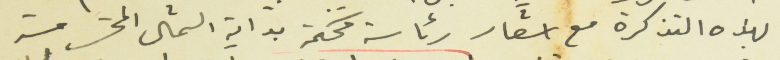
بهذه التذكرة مع اشعار رئاسة محكمة بداية الشمال المحترمة